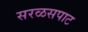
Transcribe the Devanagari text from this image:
सरळसपाट